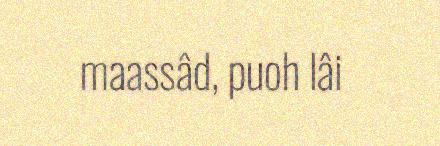
maassâd, puoh lâi